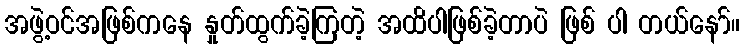
အဖွဲ့ဝင်အဖြစ်ကနေ နှုတ်ထွက်ခဲ့ကြတဲ့ အထိပါဖြစ်ခဲ့တာပဲ ဖြစ် ပါ တယ်နော်။